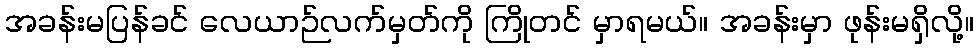
အခန်းမပြန်ခင် လေယာဉ်လက်မှတ်ကို ကြိုတင် မှာရမယ်။ အခန်းမှာ ဖုန်းမရှိလို့။